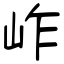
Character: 岞